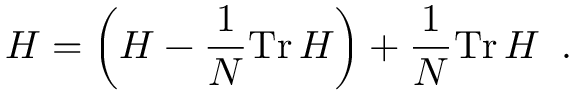
H = \left( H - { \frac { 1 } { N } } \mathrm { T r } \, H \right) + { \frac { 1 } { N } } \mathrm { T r } \, H \; \; .